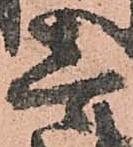
壱